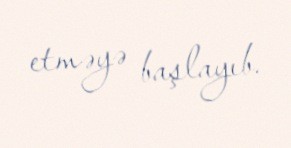
etməyə başlayıb.